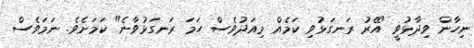
ނިހާން ވިދާޅުވީ "އޭރު ރަނގަޅުވި ކަމެއް މިއަދުވެސް ހަމަ ރަނގަޅުވާނެ" ކަމަށެވެ. ނަމަވެސް